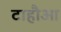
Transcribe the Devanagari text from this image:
टाहौआ